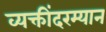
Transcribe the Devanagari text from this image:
व्यक्तींदरम्यान